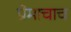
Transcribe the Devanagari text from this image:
प्रेमाचाच